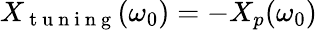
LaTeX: X_{\mathrm{~t~u~n~i~n~g~}}(\omega_{0})=-X_{p}(\omega_{0})